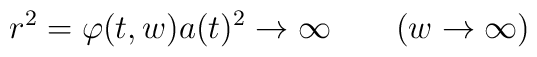
r^2 = \varphi(t,w)a(t)^2 \to \infty \qquad (w\to\infty)